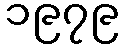
၁၉၇၉